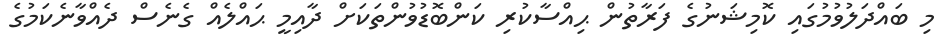
މި ބައްދަލުވުމުގައި ކޮމިޝަނުގެ ފަރާތުން ޙިއްސާކުރި ކަންބޮޑުވުންތަކަށް ދާއިމީ ޙައްލެއް ގެނެސް ދެއްވާނެކަމުގެ